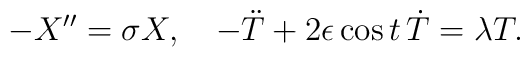
- X'' = \sigma X,\ \ \ - \ddot{T} + 2 \epsilon \cos t\, \dot{T} = \lambda T.